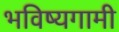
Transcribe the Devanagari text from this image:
भविष्यगामी